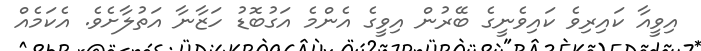
އިވީއާ ކައިރިވެ ކައިވެނީގެ ބޭރުން އިވީގެ އެންމެ އަގުބޮޑު ހަޒާނާ އަތުލާށެވެ. އެކަމެއް